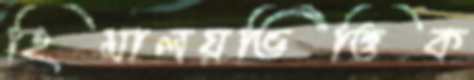
হিমালয়ভিত্তিক